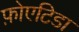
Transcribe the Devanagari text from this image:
फ़ोएटिडा